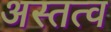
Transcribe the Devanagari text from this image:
अस्तत्व